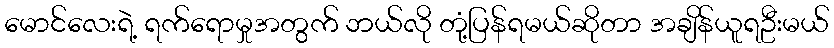
မောင်လေးရဲ့ ရက်ရောမှုအတွက် ဘယ်လို တုံ့ပြန်ရမယ်ဆိုတာ အချိန်ယူရဦးမယ်